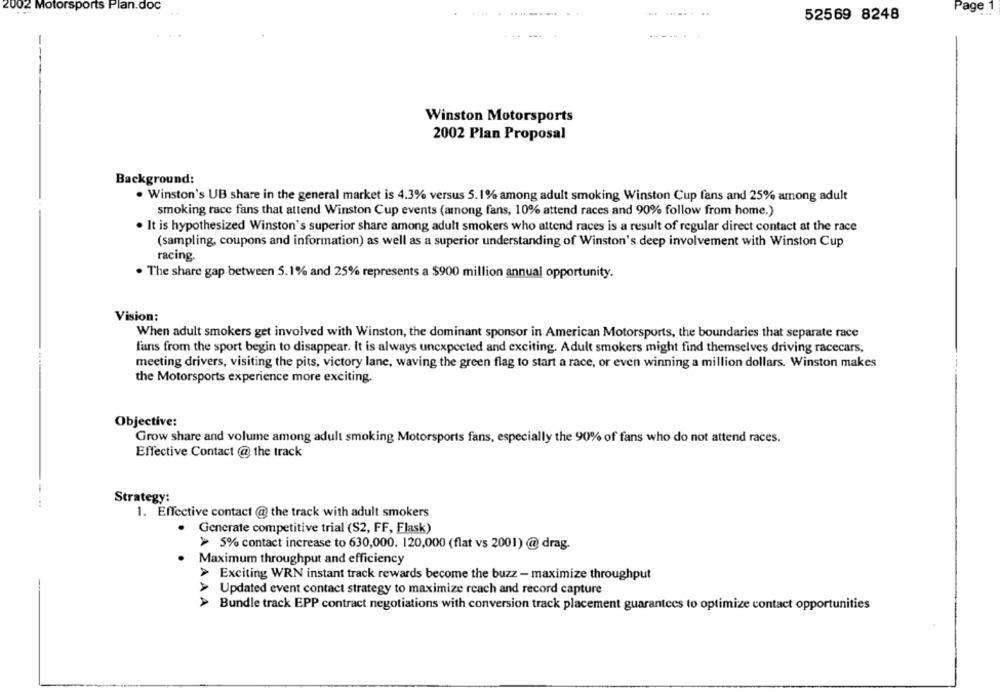
2002 Motorsports Plan.doc
..
Page
52569 8248
Winston Motorsports
2002 Plan Proposal
Background:
. Winston's UB share in the general market is 4.3% versus 5.1% among adult smoking Winston Cup fans and 25% among adult
smoking race fans that attend Winston Cup events (among fans, 10% attend races and 90% follow from home.)
. It is hypothesized Winston's superior share among adult smokers who attend races is a result of regular direct contact at the race
(sampling, coupons and information) as well as a superior understanding of Winston's deep involvement with Winston Cup
racing
. The share gap between 5.1% and 25% represents a $900 million annual opportunity.
Vision:
When adult smokers get involved with Winston, the dominant sponsor in American Motorsports, the boundaries that separate race
fans from the sport begin to disappear. It is always unexpected and exciting. Adult smokers might find themselves driving racecars,
meeting drivers, visiting the pits, victory lane, waving the green flag to start a race, or even winning a million dollars. Winston makes
the Motorsports experience more exciting.
Objective:
Grow share and volume among adult smoking Motorsports fans, especially the 90% of fans who do not attend races.
Effective Contact @ the track
Strategy:
1. Effective contact @ the track with adult smokers
· Generate competitive trial (S2, FF, Flask)
> 5% contact increase to 630,000. 120,000 (flat vs 2001) @ drag.
Maximum throughput and efficiency
> Exciting WRN instant track rewards become the buzz - maximize throughput
> Updated event contact strategy to maximize reach and record capture
> Bundle track EPP contract negotiations with conversion track placement guarantees to optimize contact opportunities